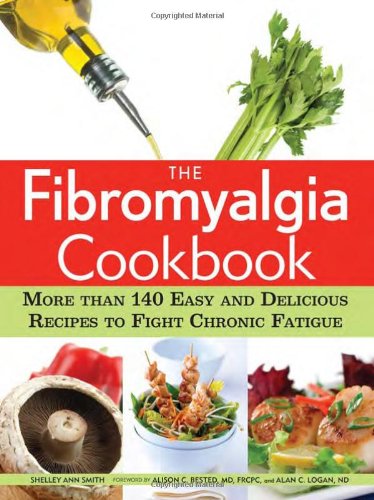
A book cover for The Fibromyalgia Cookbook: More than 140 Easy and Delicious Recipes to Fight Chronic Fatigue; Shelley Ann Smith; Health, Fitness & Dieting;